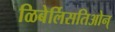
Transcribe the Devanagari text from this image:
ळिबेर्लिसतिओन्